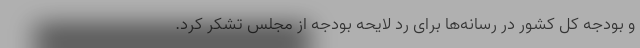
و بودجه کل کشور در رسانه‌ها برای رد لایحه بودجه از مجلس تشکر کرد.